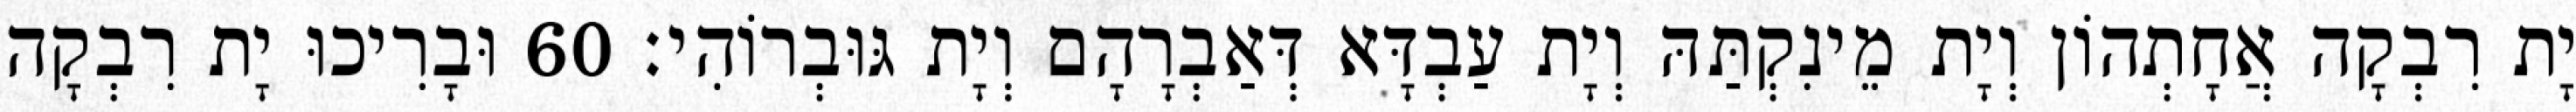
יָת רִבְקָה אֲחָתְהוֹן וְיָת מֵינִקְתַּהּ וְיָת עַבְדָּא דְּאַבְרָהָם וְיָת גּוּבְרוֹהִי׃ 60 וּבָרִיכוּ יָת רִבְקָה